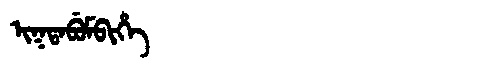
Manchu: ᡳᡴᡨᠠᠪᡠᠮᠪᡳᡥᡝ
Romanization: IKTABUMBIHE